Lunatic asylums Central Provinces reports 1910-1926 - 1910-1926
Year: 1910
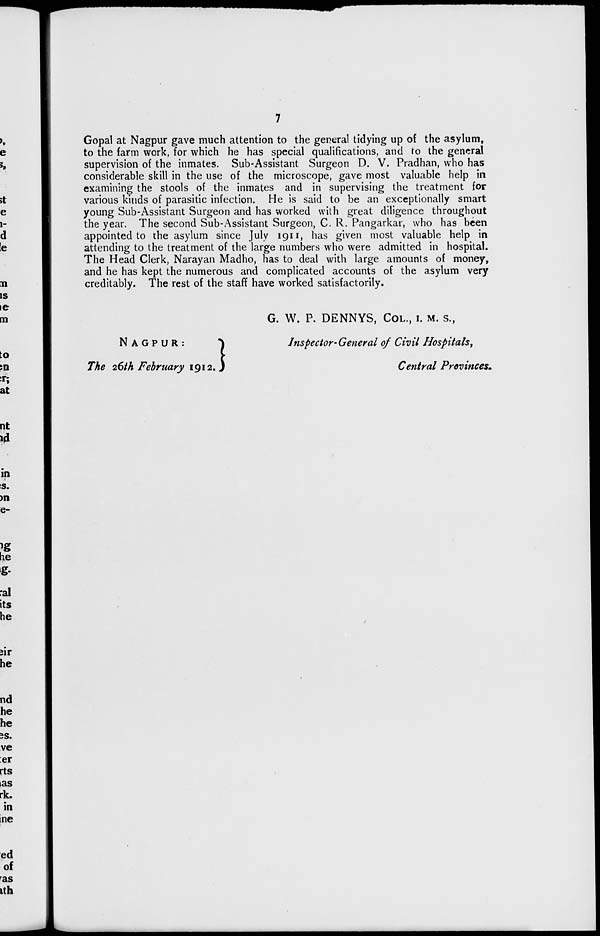
7
Gopal at Nagpur gave much attention to the general tidying up of the asylum,
to the farm work, for which he has special qualifications, and to the general
supervision of the inmates. Sub-Assistant Surgeon D. V. Pradhan, who has
considerable skill in the use of the microscope, gave most valuable help in
examining the stools of the inmates and in supervising the treatment for
various kinds of parasitic infection. He is said to be an exceptionally smart
young Sub-Assistant Surgeon and has worked with great diligence throughout
the year. The second Sub-Assistant Surgeon, C. R. Pangarkar, who has been
appointed to the asylum since July 1911, has given most valuable help in
attending to the treatment of the large numbers who were admitted in hospital.
The Head Clerk, Narayan Madho, has to deal with large amounts of money,
and he has kept the numerous and complicated accounts of the asylum very
creditably. The rest of the staff have worked satisfactorily.
NAGPUR:
The 26th February 1912.
G. W. P. DENNYS, COL., I. M. S.,
Inspector-General of Civil Hospitals,
Central Provinces.